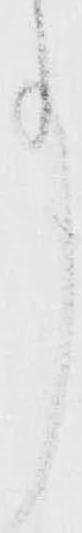
事